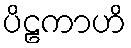
ပိဠကာဟိ